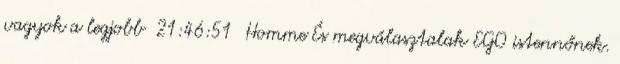
vagyok a legjobb 21:46:51 Homme És megválasztalak EGO istennőnek.